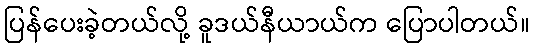
ပြန်ပေးခဲ့တယ်လို့ ခူဒယ်နီယာယ်က ပြောပါတယ်။